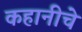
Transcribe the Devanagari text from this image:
कहानीचे